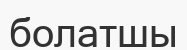
болатшы